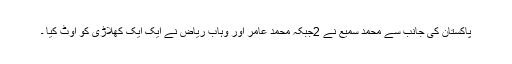
پاکستان کی جانب سے محمد سمیع نے 2جبکہ محمد عامر اور وہاب ریاض نے ایک ایک کھلاڑی کو آوٹ کیا ۔